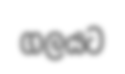
ගලයට